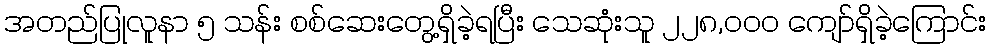
အတည်ပြုလူနာ ၅ သန်း စစ်ဆေးတွေ့ရှိခဲ့ရပြီး သေဆုံးသူ ၂၂၈,၀၀၀ ကျော်ရှိခဲ့ကြောင်း